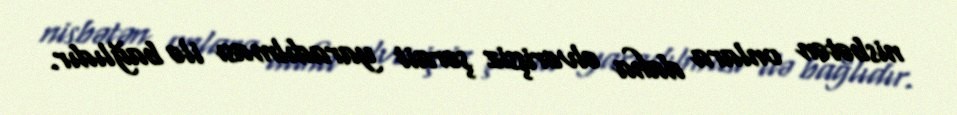
nisbətən onlara daha əlverişsiz şərait yaradılması ilə bağlıdır.